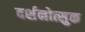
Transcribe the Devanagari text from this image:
दर्शनोत्सुक